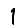
Digit: 1